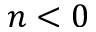
n < 0